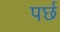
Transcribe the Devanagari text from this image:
पर्छ